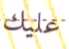
عليك